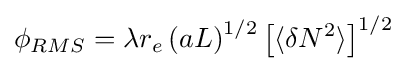
\phi _{RMS}=\lambda r_{e}\left(aL\right)^{1/2}\left[\langle \delta N^{2}\rangle \right]^{1/2}